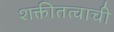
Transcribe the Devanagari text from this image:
शक्तीतत्वाची